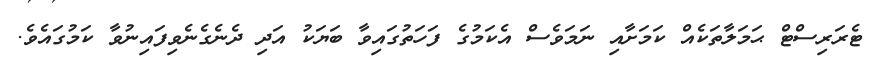
ޓެރަރިސްޓް ޙަމަލާތަކެއް ކަމަށާއި ނަމަވެސް އެކަމުގެ ފަހަތުގައިވާ ބަޔަކު އަދި ދެނެގެނެވިފައިނުވާ ކަމުގައެވެ.